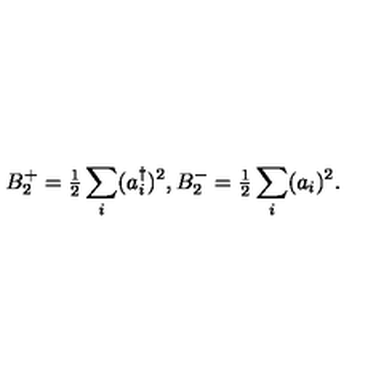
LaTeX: B _ { 2 } ^ { + } = { \textstyle { \frac { 1 } { 2 } } } \sum _ { i } ( a _ { i } ^ { \dagger } ) ^ { 2 } , B _ { 2 } ^ { - } = { \textstyle { \frac { 1 } { 2 } } } \sum _ { i } ( a _ { i } ) ^ { 2 } .